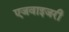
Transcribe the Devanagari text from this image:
एजवाइजरी